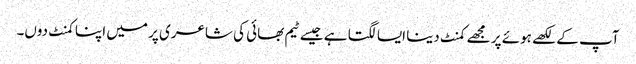
آپ کے لکھے ہوئے پر مجھے کمنٹ دینا ایسا لگتا ہے جیسے ٹیم بھائی کی شاعری پر میں اپنا کمنٹ دوں۔